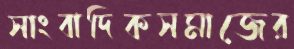
সাংবাদিকসমাজের